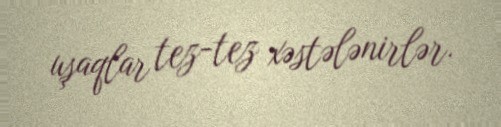
uşaqlar tez-tez xəstələnirlər.